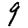
Digit: 9